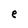
Character: e